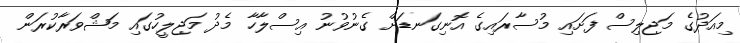
މިއަދުގެ މަޖިލިސް ފަށައި މުސާރައިގެ އޮނިގަނޑަށް ގެނުވުނު އިސްލާހާ މެދު މަޖިލީހުގައި މަޝްވަރާކުރަން